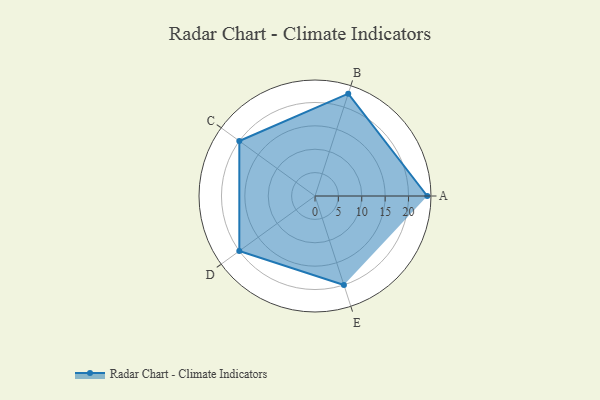
{"axis": {"x": "Skill", "y": "Score"}, "legend": ["Profile"], "data": [{"x": "A", "y": 24.0, "type": "Profile"}, {"x": "B", "y": 23.0, "type": "Profile"}, {"x": "C", "y": 20.0, "type": "Profile"}, {"x": "D", "y": 20, "type": "Profile"}, {"x": "E", "y": 20, "type": "Profile"}]}